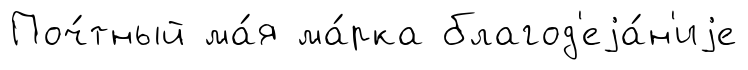
Поч́тный ма́я ма́рка благод'еjа́н'иjе